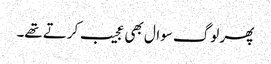
پھر لوگ سوال بھی عجیب کرتے تھے۔